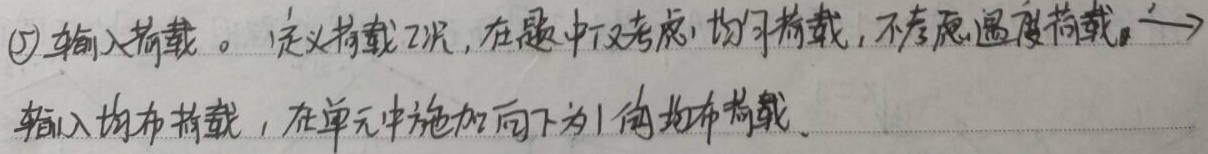
\textcircled{5}输入荷载。定义荷载工况，在题中仅考虑均匀荷载，不考虑温度荷载。

→输入均布荷载，在单元中施加向下为1的均布荷载。